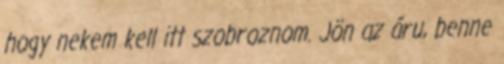
hogy nekem kell itt szobroznom. Jön az áru, benne